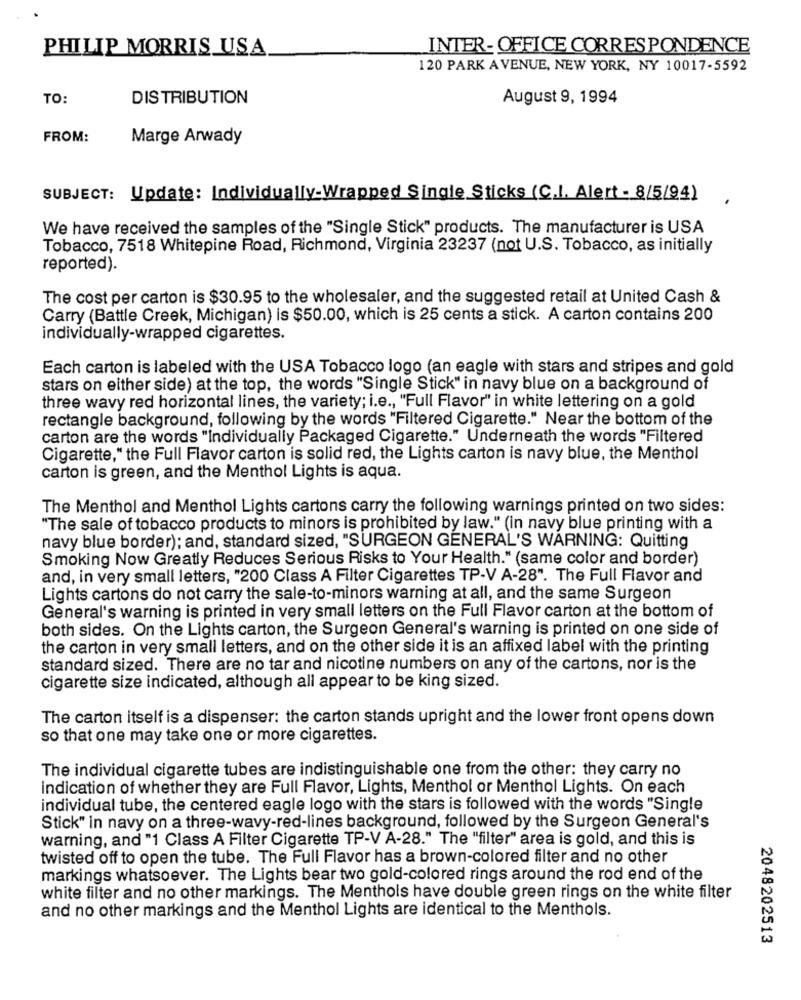
PHILIP MORRIS USA
INTER-OFFICE CORRESPONDENCE
120 PARK AVENUE, NEW YORK, NY 10017-5592
TO:
DISTRIBUTION
August 9, 1994
FROM:
Marge Arwady
SUBJECT: Update: Individually-Wrapped Single Sticks (C.I. Alert - 8/5/94)
We have received the samples of the "Single Stick" products. The manufacturer is USA
Tobacco, 7518 Whitepine Road, Richmond, Virginia 23237 (not U.S. Tobacco, as initially
reported).
The cost per carton is $30.95 to the wholesaler, and the suggested retail at United Cash &
Carry (Battle Creek, Michigan) is $50.00, which is 25 cents a stick. A carton contains 200
individually-wrapped cigarettes.
Each carton is labeled with the USA Tobacco logo (an eagle with stars and stripes and gold
stars on either side) at the top, the words "Single Stick" in navy blue on a background of
three wavy red horizontal lines, the variety; i.e ., "Full Flavor" in white lettering on a gold
rectangle background, following by the words "Filtered Cigarette." Near the bottom of the
carton are the words "Individually Packaged Cigarette." Underneath the words "Filtered
Cigarette," the Full Flavor carton is solid red, the Lights carton is navy blue, the Menthol
carton is green, and the Menthol Lights is aqua.
The Menthol and Menthol Lights cartons carry the following warnings printed on two sides:
"The sale of tobacco products to minors is prohibited by law." (in navy blue printing with a
navy blue border); and, standard sized, "SURGEON GENERAL'S WARNING: Quitting
Smoking Now Greatly Reduces Serious Risks to Your Health." (same color and border)
and, in very small letters, "200 Class A Filter Cigarettes TP-V A-28". The Full Flavor and
Lights cartons do not carry the sale-to-minors warning at all, and the same Surgeon
General's warning is printed in very small letters on the Full Flavor carton at the bottom of
both sides. On the Lights carton, the Surgeon General's warning is printed on one side of
the carton in very small letters, and on the other side it is an affixed label with the printing
standard sized. There are no tar and nicotine numbers on any of the cartons, nor is the
cigarette size indicated, although all appear to be king sized.
The carton itself is a dispenser: the carton stands upright and the lower front opens down
so that one may take one or more cigarettes.
The individual cigarette tubes are indistinguishable one from the other: they carry no
indication of whether they are Full Flavor, Lights, Menthol or Menthol Lights. On each
individual tube, the centered eagle logo with the stars is followed with the words "Single
Stick" in navy on a three-wavy-red-lines background, followed by the Surgeon General's
warning, and "1 Class A Filter Cigarette TP-V A-28." The "filter" area is gold, and this is
twisted off to open the tube. The Full Flavor has a brown-colored filter and no other
markings whatsoever. The Lights bear two gold-colored rings around the rod end of the
white filter and no other markings. The Menthols have double green rings on the white filter
and no other markings and the Menthol Lights are identical to the Menthols.
2048202513